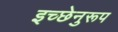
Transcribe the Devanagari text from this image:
इच्छेनुरूप